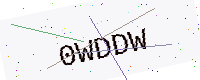
Text: 0WDDW